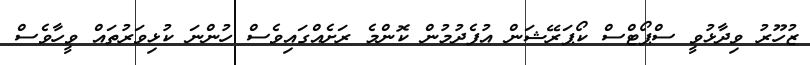
ޒުހޫރު ވިދާޅުވީ ސްޕޯޓްސް ކޯޕަރޭޝަން އުފެދުމުން ކޮންމެ ރަށެއްގައިވެސް ހުންނަ ކުޅިވަރުތައް ވީހާވެސް